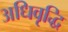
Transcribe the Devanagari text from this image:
अधिवृद्धि